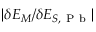
| \delta E _ { M } / \delta E _ { S , \mathrm { ~ P ~ b ~ } } |